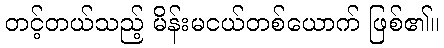
တင့်တယ်သည့် မိန်းမငယ်တစ်ယောက် ဖြစ်၏။